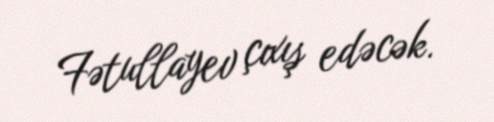
Fətullayev çıxış edəcək.